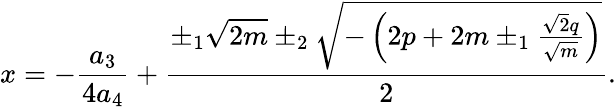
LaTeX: x=-{\frac{a_{3}}{4a_{4}}}+{\frac{\pm_{1}{\sqrt{2m}}\pm_{2}{\sqrt{-\left(2p+2m\pm_{1}{\frac{{\sqrt{2}}q}{\sqrt{m}}}\right)}}}{2}}.